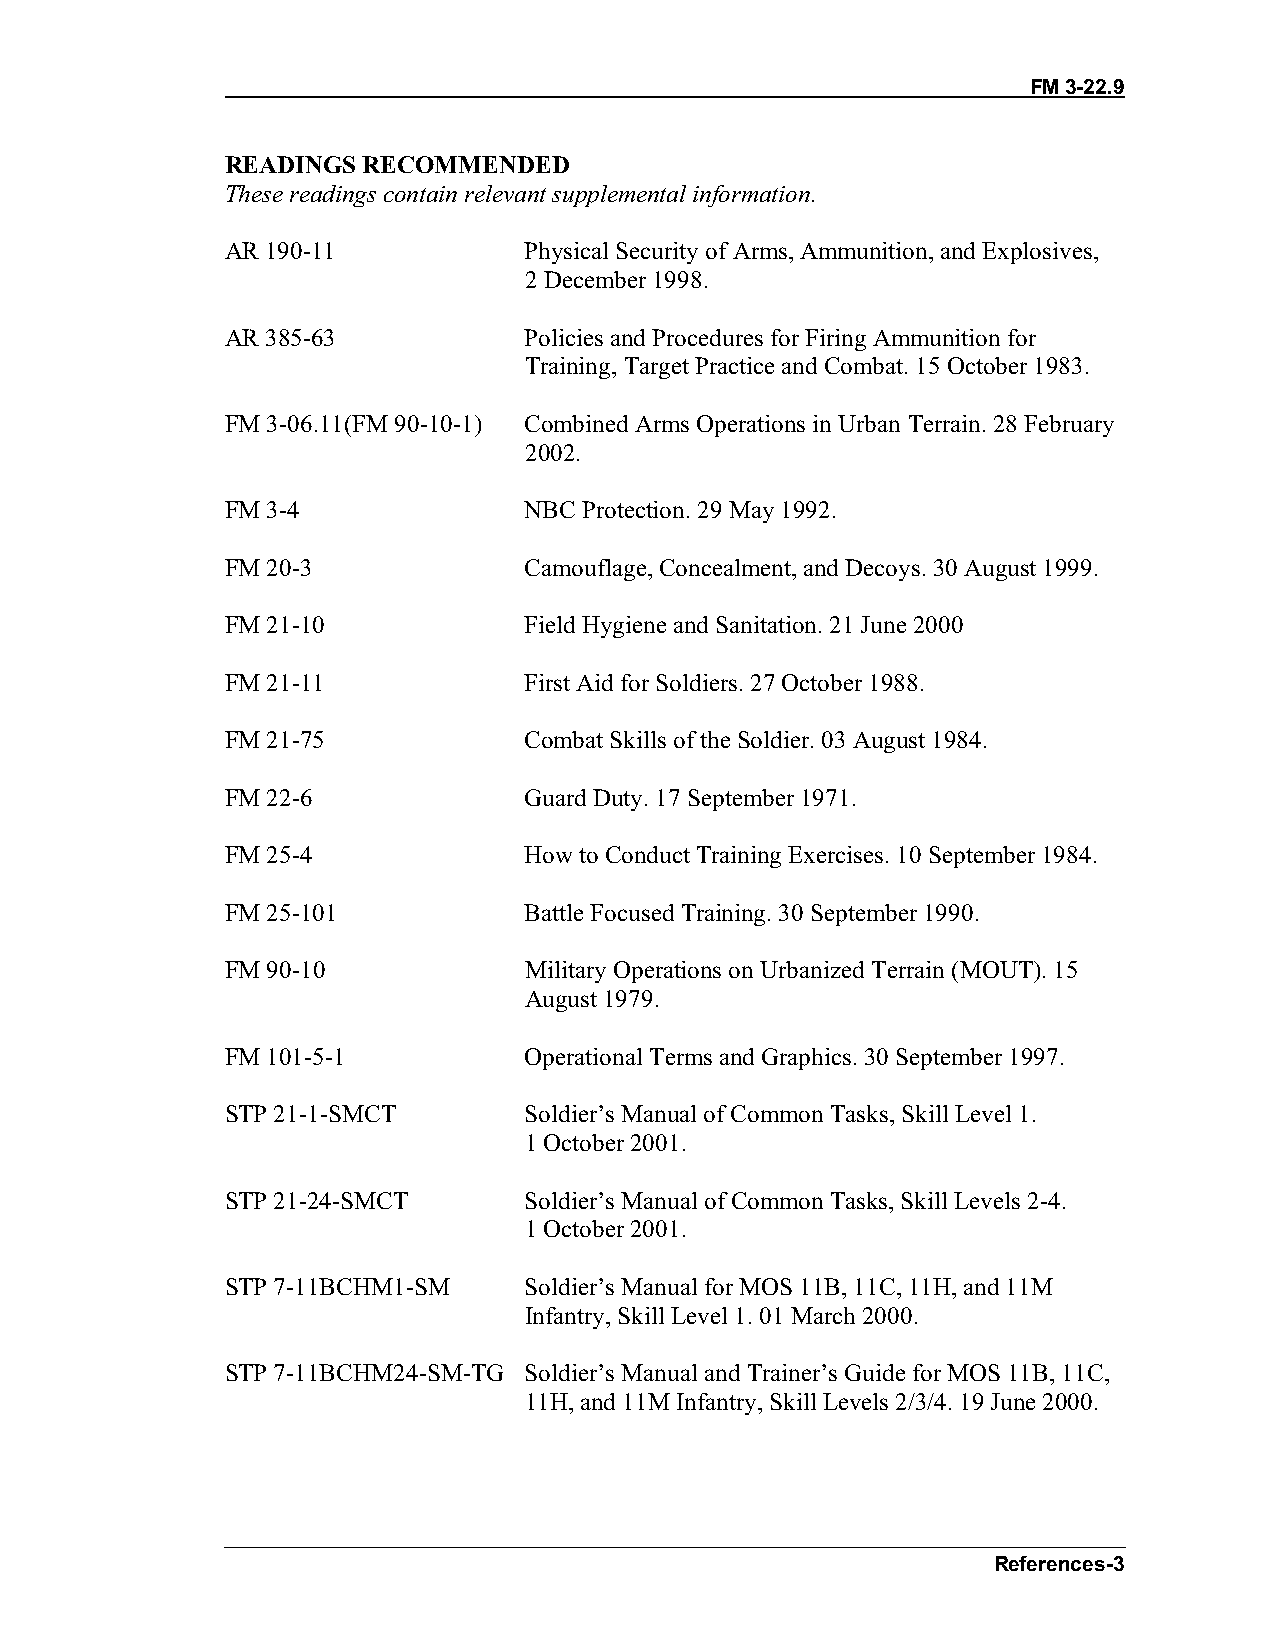
FM 3-22.9
 READINGS RECOMMENDED
 These readings contain relevant supplemental information.
 AR 190-11           Physical Security of Arms, Ammunition, and Explosives,
 2 December 1998.
 AR 385-63           Policies and Procedures for Firing Ammunition for
 Training, Target Practice and Combat. 15 October 1983.
 FM 3-06.11(FM 90-10-1) Combined Arms Operations in Urban Terrain. 28 February
 2002.
 FM 3-4              NBC Protection. 29 May 1992.
 FM 20-3             Camouflage, Concealment, and Decoys. 30 August 1999.
 FM 21-10            Field Hygiene and Sanitation. 21 June 2000
 FM 21-11            First Aid for Soldiers. 27 October 1988.
 FM 21-75            Combat Skills of the Soldier. 03 August 1984.
 FM 22-6             Guard Duty. 17 September 1971.
 FM 25-4             How to Conduct Training Exercises. 10 September 1984.
 FM 25-101           Battle Focused Training. 30 September 1990.
 FM 90-10            Military Operations on Urbanized Terrain (MOUT). 15
 August 1979.
 FM 101-5-1          Operational Terms and Graphics. 30 September 1997.
 STP 21-1-SMCT       Soldier’s Manual of Common Tasks, Skill Level 1.
 1 October 2001.
 STP 21-24-SMCT      Soldier’s Manual of Common Tasks, Skill Levels 2-4.
 1 October 2001.
 STP 7-11BCHM1-SM    Soldier’s Manual for MOS 11B, 11C, 11H, and 11M
 Infantry, Skill Level 1. 01 March 2000.
 STP 7-11BCHM24-SM-TG Soldier’s Manual and Trainer’s Guide for MOS 11B, 11C,
 11H, and 11M Infantry, Skill Levels 2/3/4. 19 June 2000.
 References-3